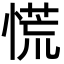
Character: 慌